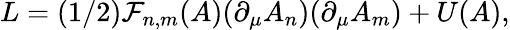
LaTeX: L=(1/2)\mathcal{F}_{n,m}(A)(\partial_{\mu}A_{n})(\partial_{\mu}A_{m})+U(A),